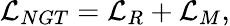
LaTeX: {\cal L}_{NGT}={\cal L}_{R}+{\cal L}_{M},